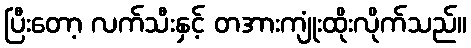
ပြီးတော့ လက်သီးနှင့် တအားကျုံးထိုးလိုက်သည်။